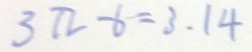
3 \pi - 6 = 3 . 1 4